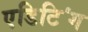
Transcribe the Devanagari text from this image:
एडिटिऺग